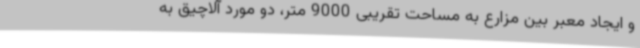
و ایجاد معبر بین مزارع به مساحت تقریبی 9000 متر، دو مورد آلاچیق به